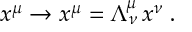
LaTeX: x ^ { \mu } \rightarrow x ^ { \mu } = \Lambda _ { \nu } ^ { \mu } \, x ^ { \nu } \; .